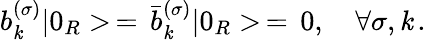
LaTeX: b_{\mathit{k}}^{(\sigma)}|0_{R}>\, =\, \bar{{b}}_{\mathit{k}}^{(\sigma)}|0_{R}>\, =\, 0,\quad\forall\sigma,\mathit{k}\, {.}